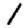
Digit: 1